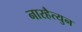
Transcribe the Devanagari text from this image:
नारहैत्युन